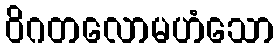
ဝိဂတလောမဟံသော